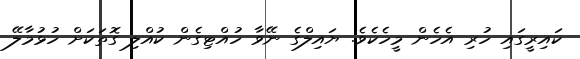
ކައިރީގައި ހުރި އެހެން މީހެކެވެ. ޔައިލްގެ ނޭވާ ހުއްޓިގެން ކުއްލި ގޮތަކަށް ހުޅުމާލޭ